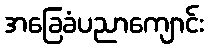
အခြေခံပညာကျောင်း